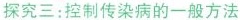
探究三：控制传染病的一般方法